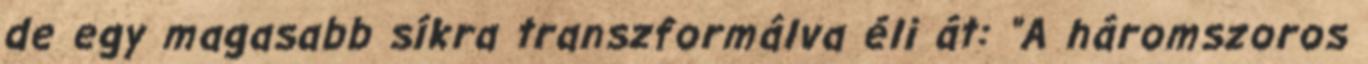
de egy magasabb síkra transzformálva éli át: "A háromszoros